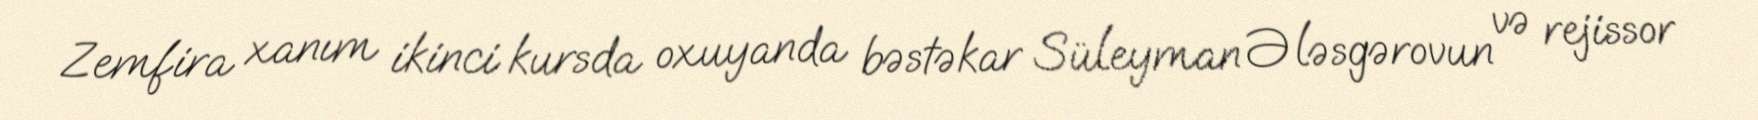
Zemfira xanım ikinci kursda oxuyanda bəstəkar Süleyman Ələsgərovun və rejissor